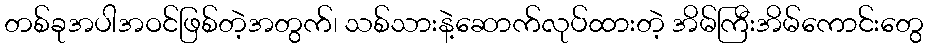
တစ်ခုအပါအဝင်ဖြစ်တဲ့အတွက်၊ သစ်သားနဲ့ဆောက်လုပ်ထားတဲ့ အိမ်ကြီးအိမ်ကောင်းတွေ